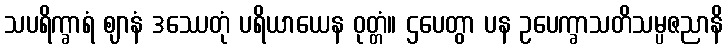
သပရိက္ခာရံ ဈာနံ ဒဿေတုံ ပရိယာယေန ဝုတ္တံ။ ဌပေတွာ ပန ဥပေက္ခာသတိသမ္ပဇညာနိ